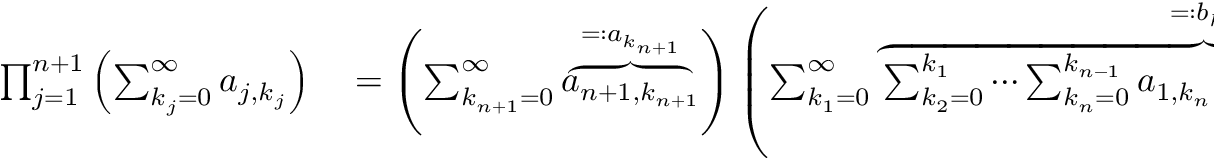
\begin{array} { r l } { \prod _ { j = 1 } ^ { n + 1 } \left( \sum _ { k _ { j } = 0 } ^ { \infty } a _ { j , k _ { j } } \right) } & { { } = \left( \sum _ { k _ { n + 1 } = 0 } ^ { \infty } \overbrace { a _ { n + 1 , k _ { n + 1 } } } ^ { = : a _ { k _ { n + 1 } } } \right) \left( \sum _ { k _ { 1 } = 0 } ^ { \infty } \overbrace { \sum _ { k _ { 2 } = 0 } ^ { k _ { 1 } } \cdots \sum _ { k _ { n } = 0 } ^ { k _ { n - 1 } } a _ { 1 , k _ { n } } a _ { 2 , k _ { n - 1 } - k _ { n } } \cdots a _ { n , k _ { 1 } - k _ { 2 } } } ^ { = : b _ { k _ { 1 } } } \right) } \end{array}